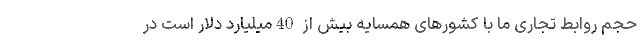
حجم روابط تجاری ما با کشورهای همسایه بیش از 40میلیارد دلار است در